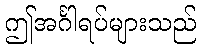
ဤအင်္ဂါရပ်များသည်